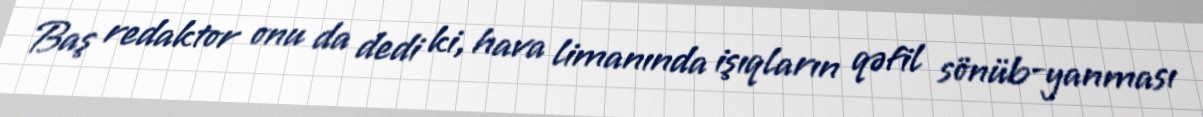
Baş redaktor onu da dedi ki, hava limanında işıqların qəfil sönüb-yanması